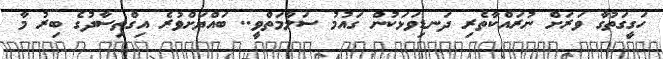
ހަގީގަތުގާ ވަރަށް ނުރައްކާތެރި ދަނޑިވަޅަކުން ގައުމު ސަލާމަތްވީ.. ބައްޔަށްވުރެ އިގްތިސާދުގެ ބިރު މާ